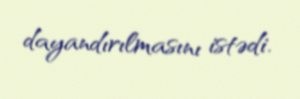
dayandırılmasını istədi.